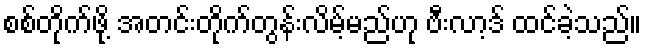
စစ်တိုက်ဖို့ အတင်းတိုက်တွန်းလိမ့်မည်ဟု ဗီးလာ့ဒ် ထင်ခဲ့သည်။